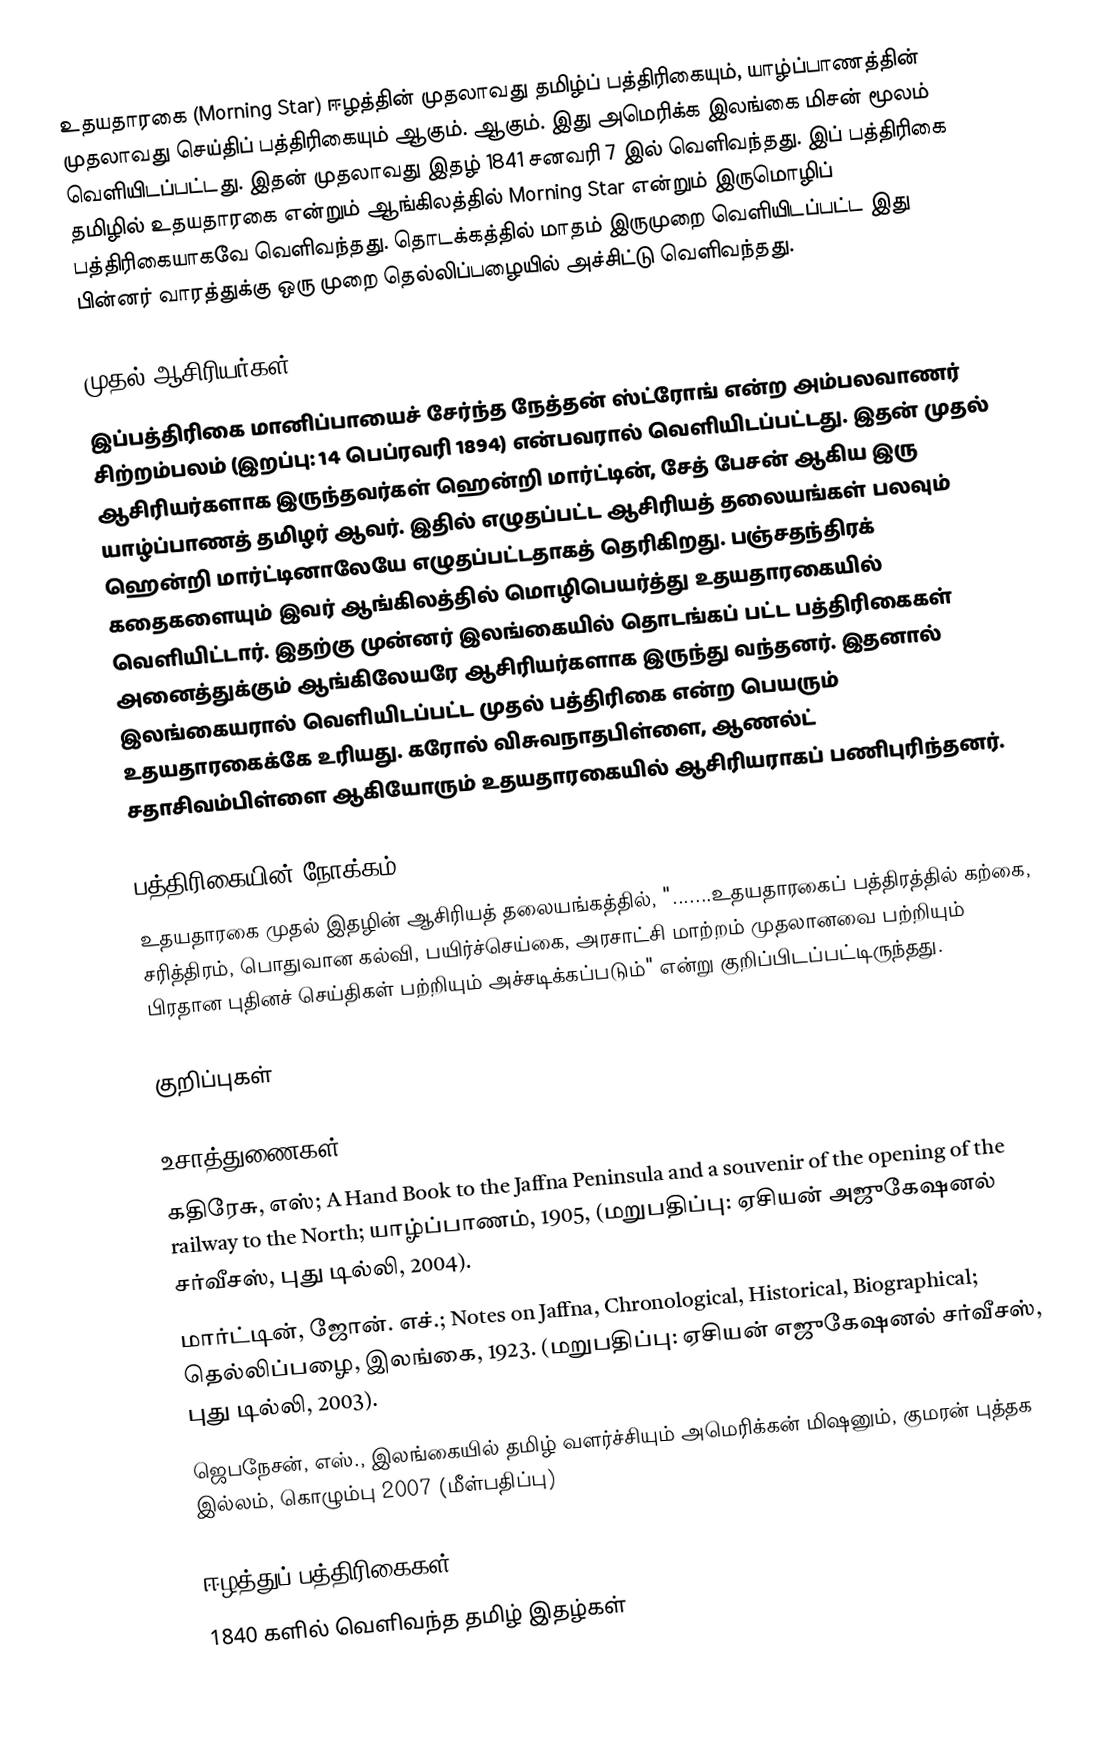
உதயதாரகை (Morning Star) ஈழத்தின் முதலாவது தமிழ்ப் பத்திரிகையும், யாழ்ப்பாணத்தின் முதலாவது செய்திப் பத்திரிகையும் ஆகும். ஆகும். இது அமெரிக்க இலங்கை மிசன் மூலம் வெளியிடப்பட்டது. இதன் முதலாவது இதழ் 1841 சனவரி 7 இல் வெளிவந்தது. இப் பத்திரிகை தமிழில் உதயதாரகை என்றும் ஆங்கிலத்தில் Morning Star என்றும் இருமொழிப் பத்திரிகையாகவே வெளிவந்தது. தொடக்கத்தில் மாதம் இருமுறை வெளியிடப்பட்ட இது பின்னர் வாரத்துக்கு ஒரு முறை தெல்லிப்பழையில் அச்சிட்டு வெளிவந்தது.

முதல் ஆசிரியர்கள்
இப்பத்திரிகை மானிப்பாயைச் சேர்ந்த நேத்தன் ஸ்ட்ரோங் என்ற அம்பலவாணர் சிற்றம்பலம் (இறப்பு: 14 பெப்ரவரி 1894) என்பவரால் வெளியிடப்பட்டது. இதன் முதல் ஆசிரியர்களாக இருந்தவர்கள் ஹென்றி மார்ட்டின், சேத் பேசன் ஆகிய இரு யாழ்ப்பாணத் தமிழர் ஆவர். இதில் எழுதப்பட்ட ஆசிரியத் தலையங்கள் பலவும் ஹென்றி மார்ட்டினாலேயே எழுதப்பட்டதாகத் தெரிகிறது. பஞ்சதந்திரக் கதைகளையும் இவர் ஆங்கிலத்தில் மொழிபெயர்த்து உதயதாரகையில் வெளியிட்டார். இதற்கு முன்னர் இலங்கையில் தொடங்கப் பட்ட பத்திரிகைகள் அனைத்துக்கும் ஆங்கிலேயரே ஆசிரியர்களாக இருந்து வந்தனர். இதனால் இலங்கையரால் வெளியிடப்பட்ட முதல் பத்திரிகை என்ற பெயரும் உதயதாரகைக்கே உரியது. கரோல் விசுவநாதபிள்ளை, ஆணல்ட் சதாசிவம்பிள்ளை ஆகியோரும் உதயதாரகையில் ஆசிரியராகப் பணிபுரிந்தனர்.

பத்திரிகையின் நோக்கம்
உதயதாரகை முதல் இதழின் ஆசிரியத் தலையங்கத்தில், ".......உதயதாரகைப் பத்திரத்தில் கற்கை, சரித்திரம், பொதுவான கல்வி, பயிர்ச்செய்கை, அரசாட்சி மாற்றம் முதலானவை பற்றியும் பிரதான புதினச் செய்திகள் பற்றியும் அச்சடிக்கப்படும்" என்று குறிப்பிடப்பட்டிருந்தது.

குறிப்புகள்

உசாத்துணைகள்
 கதிரேசு, எஸ்; A Hand Book to the Jaffna Peninsula and a souvenir of the opening of the railway to the North; யாழ்ப்பாணம், 1905, (மறுபதிப்பு: ஏசியன் அஜுகேஷனல் சர்வீசஸ், புது டில்லி, 2004).
 மார்ட்டின், ஜோன். எச்.; Notes on Jaffna, Chronological, Historical, Biographical; தெல்லிப்பழை, இலங்கை, 1923. (மறுபதிப்பு: ஏசியன் எஜுகேஷனல் சர்வீசஸ், புது டில்லி, 2003).
 ஜெபநேசன், எஸ்., இலங்கையில் தமிழ் வளர்ச்சியும் அமெரிக்கன் மிஷனும், குமரன் புத்தக இல்லம், கொழும்பு 2007 (மீள்பதிப்பு)

ஈழத்துப் பத்திரிகைகள்
1840 களில் வெளிவந்த தமிழ் இதழ்கள்